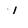
Character: 1